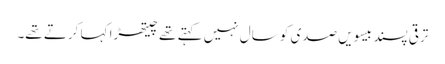
ترقی پسند بیسویں صدی کو سال نہیں کہتے تھے چیتھڑا کہا کرتے تھے۔